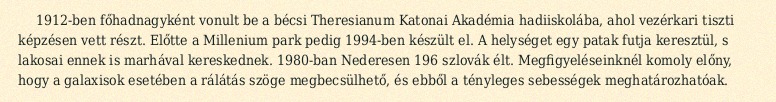
1912-ben főhadnagyként vonult be a bécsi Theresianum Katonai Akadémia hadiiskolába, ahol vezérkari tiszti képzésen vett részt. Előtte a Millenium park pedig 1994-ben készült el. A helységet egy patak futja keresztül, s lakosai ennek is marhával kereskednek. 1980-ban Nederesen 196 szlovák élt. Megfigyeléseinknél komoly előny, hogy a galaxisok esetében a rálátás szöge megbecsülhető, és ebből a tényleges sebességek meghatározhatóak.